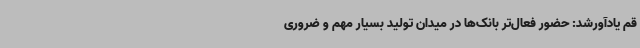
قم یادآورشد: حضور فعال‌تر بانک‌ها در میدان تولید بسیار مهم و ضروری